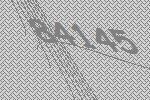
84145